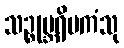
သဉ္စုမ္ဘရိမကံသု